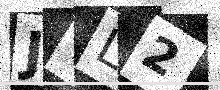
Text: JVL2